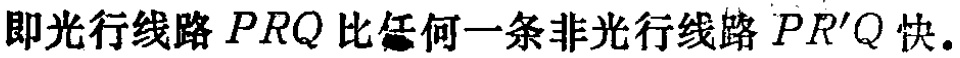
即光行线路 \(PRQ\) 比任何一条非光行线路 \(PR'Q\) 快.